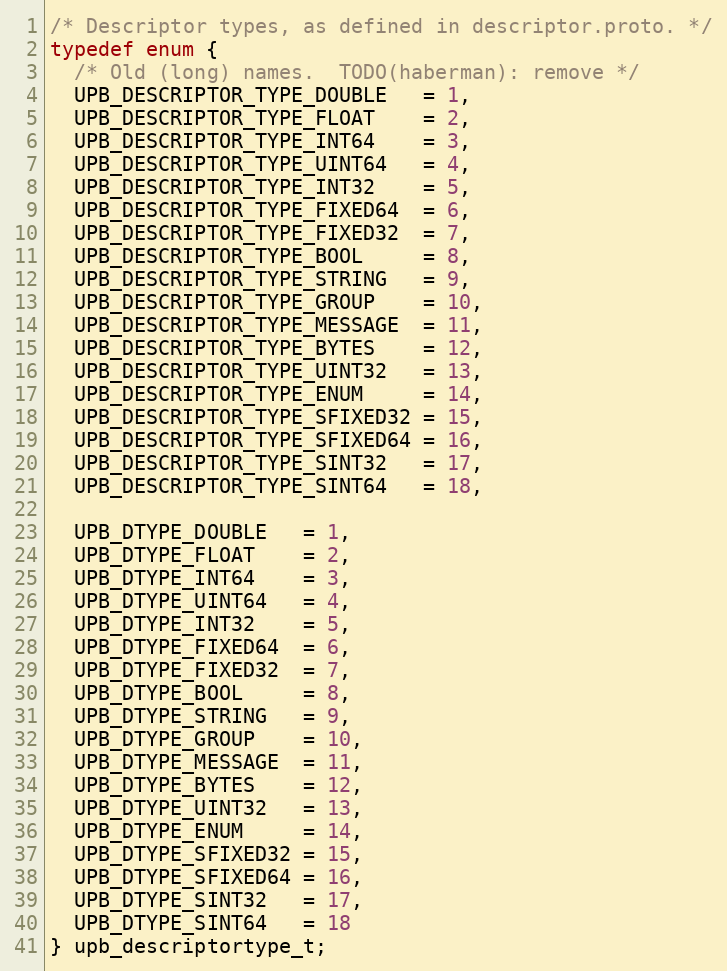
Language: C
/* Descriptor types, as defined in descriptor.proto. */
typedef enum {
  /* Old (long) names.  TODO(haberman): remove */
  UPB_DESCRIPTOR_TYPE_DOUBLE   = 1,
  UPB_DESCRIPTOR_TYPE_FLOAT    = 2,
  UPB_DESCRIPTOR_TYPE_INT64    = 3,
  UPB_DESCRIPTOR_TYPE_UINT64   = 4,
  UPB_DESCRIPTOR_TYPE_INT32    = 5,
  UPB_DESCRIPTOR_TYPE_FIXED64  = 6,
  UPB_DESCRIPTOR_TYPE_FIXED32  = 7,
  UPB_DESCRIPTOR_TYPE_BOOL     = 8,
  UPB_DESCRIPTOR_TYPE_STRING   = 9,
  UPB_DESCRIPTOR_TYPE_GROUP    = 10,
  UPB_DESCRIPTOR_TYPE_MESSAGE  = 11,
  UPB_DESCRIPTOR_TYPE_BYTES    = 12,
  UPB_DESCRIPTOR_TYPE_UINT32   = 13,
  UPB_DESCRIPTOR_TYPE_ENUM     = 14,
  UPB_DESCRIPTOR_TYPE_SFIXED32 = 15,
  UPB_DESCRIPTOR_TYPE_SFIXED64 = 16,
  UPB_DESCRIPTOR_TYPE_SINT32   = 17,
  UPB_DESCRIPTOR_TYPE_SINT64   = 18,

  UPB_DTYPE_DOUBLE   = 1,
  UPB_DTYPE_FLOAT    = 2,
  UPB_DTYPE_INT64    = 3,
  UPB_DTYPE_UINT64   = 4,
  UPB_DTYPE_INT32    = 5,
  UPB_DTYPE_FIXED64  = 6,
  UPB_DTYPE_FIXED32  = 7,
  UPB_DTYPE_BOOL     = 8,
  UPB_DTYPE_STRING   = 9,
  UPB_DTYPE_GROUP    = 10,
  UPB_DTYPE_MESSAGE  = 11,
  UPB_DTYPE_BYTES    = 12,
  UPB_DTYPE_UINT32   = 13,
  UPB_DTYPE_ENUM     = 14,
  UPB_DTYPE_SFIXED32 = 15,
  UPB_DTYPE_SFIXED64 = 16,
  UPB_DTYPE_SINT32   = 17,
  UPB_DTYPE_SINT64   = 18
} upb_descriptortype_t;